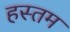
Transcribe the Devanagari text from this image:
हस्तम